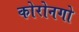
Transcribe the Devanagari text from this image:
कोरोनगो